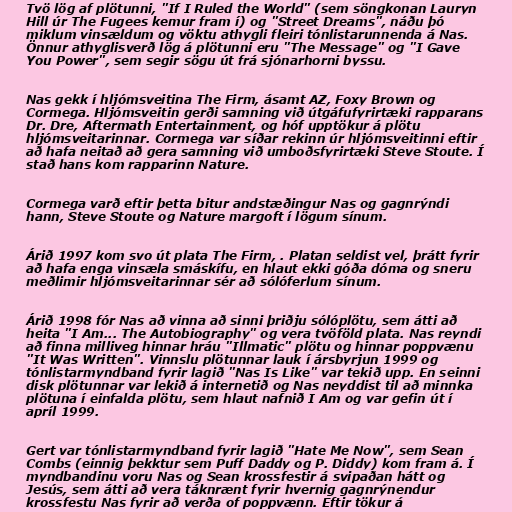
Tvö lög af plötunni, "If I Ruled the World" (sem söngkonan Lauryn
Hill úr The Fugees kemur fram í) og "Street Dreams", náðu þó
miklum vinsældum og vöktu athygli fleiri tónlistarunnenda á Nas.
Önnur athyglisverð lög á plötunni eru "The Message" og "I Gave
You Power", sem segir sögu út frá sjónarhorni byssu.

Nas gekk í hljómsveitina The Firm, ásamt AZ, Foxy Brown og
Cormega. Hljómsveitin gerði samning við útgáfufyrirtæki rapparans
Dr. Dre, Aftermath Entertainment, og hóf upptökur á plötu
hljómsveitarinnar. Cormega var síðar rekinn úr hljómsveitinni eftir
að hafa neitað að gera samning við umboðsfyrirtæki Steve Stoute. Í
stað hans kom rapparinn Nature.

Cormega varð eftir þetta bitur andstæðingur Nas og gagnrýndi
hann, Steve Stoute og Nature margoft í lögum sínum.

Árið 1997 kom svo út plata The Firm, . Platan seldist vel, þrátt fyrir
að hafa enga vinsæla smáskífu, en hlaut ekki góða dóma og sneru
meðlimir hljómsveitarinnar sér að sólóferlum sínum.

Árið 1998 fór Nas að vinna að sinni þriðju sólóplötu, sem átti að
heita "I Am... The Autobiography" og vera tvöföld plata. Nas reyndi
að finna milliveg hinnar hráu "Illmatic" plötu og hinnar poppvænu
"It Was Written". Vinnslu plötunnar lauk í ársbyrjun 1999 og
tónlistarmyndband fyrir lagið "Nas Is Like" var tekið upp. En seinni
disk plötunnar var lekið á internetið og Nas neyddist til að minnka
plötuna í einfalda plötu, sem hlaut nafnið I Am og var gefin út í
apríl 1999.

Gert var tónlistarmyndband fyrir lagið "Hate Me Now", sem Sean
Combs (einnig þekktur sem Puff Daddy og P. Diddy) kom fram á. Í
myndbandinu voru Nas og Sean krossfestir á svipaðan hátt og
Jesús, sem átti að vera táknrænt fyrir hvernig gagnrýnendur
krossfestu Nas fyrir að verða of poppvænn. Eftir tökur á